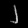
Digit: ၂